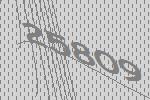
25809